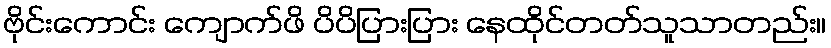
ဗိုင်းကောင်း ကျောက်ဖိ ပိပိပြားပြား နေထိုင်တတ်သူသာတည်း။